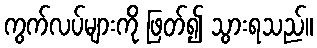
ကွက်လပ်များကို ဖြတ်၍ သွားရသည်။